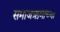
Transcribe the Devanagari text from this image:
समाजऋणाच्या